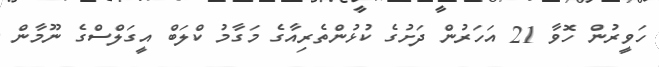
ހަވީރުން ހޮވާ 21 އަހަރުން ދަށުގެ ކުޅުންތެރިއާގެ މަގާމު ކްލަބް އީގަލްސްގެ ނޫމާން